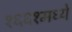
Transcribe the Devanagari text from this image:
१६६१मध्ये